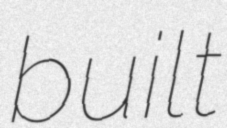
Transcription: built